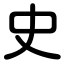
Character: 史